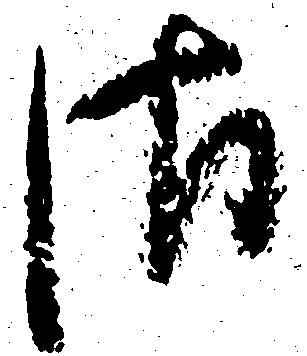
さ